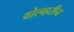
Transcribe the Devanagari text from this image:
वोल्व्हरीन